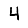
Digit: 4